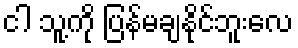
ငါ သူ့ကို ပြန်မချနိုင်ဘူးလေ